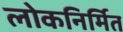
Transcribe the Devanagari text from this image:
लोकनिर्मित